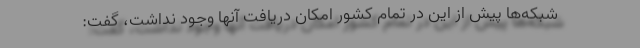
شبکه‌ها پیش از این در تمام کشور امکان دریافت آنها وجود نداشت، گفت: